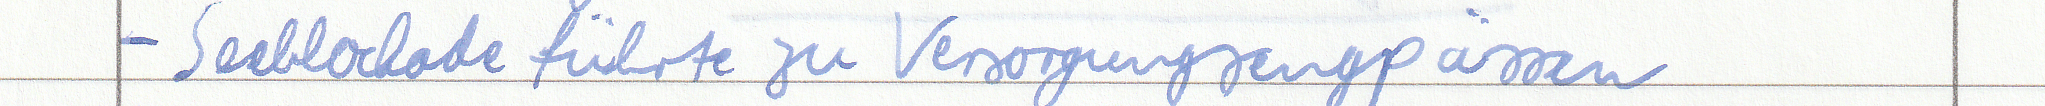
- Seeblockade führte zu Versorgungsengpässen